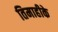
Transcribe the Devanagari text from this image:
तिमाहीके